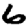
Digit: 6